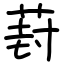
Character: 葑